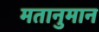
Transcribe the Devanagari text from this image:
मतानुमान